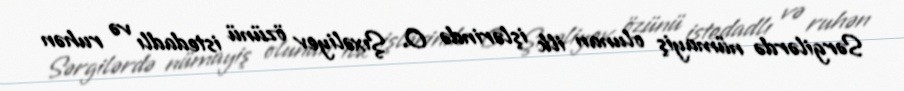
Sərgilərdə nümayiş olunan ilk işlərində O. Şıxəliyev özünü istedadlı və ruhən